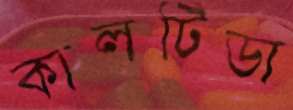
কালটিডা